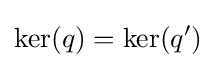
{\text{ker}}(q)={\text{ker}}(q')